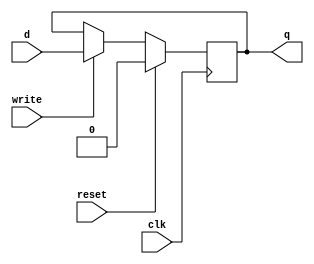
//D flip flop
module D_FF(input clk, input reset, input write, input d, output reg q);
  always @(posedge clk) 
  if(reset) q=0;
  else
   if(write) q=d;
   endmodule

//3x8 decoder for index bits
module decoder3to8(input [2:0]select, output reg[7:0]out);
	always @(select)
	begin
		case(select)
			3'b000: out = 8'b00000001;
			3'b001: out = 8'b00000010;
			3'b010: out = 8'b00000100;
			3'b011: out = 8'b00001000;
			3'b100: out = 8'b00010000;
			3'b101: out = 8'b00100000;
			3'b110: out = 8'b01000000;
			3'b111: out = 8'b10000000;
		endcase
	end
endmodule

//array of dirty bits
module dirtyArray(input clk, input reset, input we,input miss,input write,input location1,input location2, input dirtyBit, output dirtyOut0, output dirtyOut1);
    D_FF d0(clk,reset, we & (miss|write) & ((miss & ~location1) | (write & ~location2)),dirtyBit,dirtyOut0);
    D_FF d1(clk,reset, we & (miss|write) & ((miss & location1) | (write & location2)),dirtyBit,dirtyOut1);
endmodule 

//array of valid bits
module validArray(input clk, input reset, input we, input sel, input validBit, output validOut0, output validOut1);
    D_FF d2(clk,reset,we && ~sel,validBit,validOut0);
    D_FF d3(clk,reset,we && sel,validBit,validOut1);
endmodule

//array of FIFO bits
module fifoArray(input clk, input reset, input we, input fifoBit, output fifoOut);
    D_FF d1(clk,reset,we,fifoBit,fifoOut);
endmodule

module mruArray(input clk, input reset, input we, input mruBit, output mruOut);
    D_FF d1(clk,reset,we,mruBit,mruOut);
endmodule

//24 bit tag
module tagBlock(input clk, input reset, input write, input [23:0] tag ,output [23:0] tagData);
    D_FF d[23:0](clk,reset, write, tag, tagData);
 endmodule
 
 //array of tag blocks
 module tagArray(input clk, input reset, input we,input miss,input write,input location1,input location2, input [23:0] tagIn, output [23:0] tagOut0, output [23:0] tagOut1);
    tagBlock tb0(clk,reset, we & (miss|write) & ((miss & ~location1) | (write & ~location2)), tagIn, tagOut0);
    tagBlock tb1(clk,reset, we & (miss|write) & ((miss & location1) | (write & location2)), tagIn, tagOut1);
endmodule

//Each byte has 8 data bits
module dataByte(input clk, input reset, input writeEnable, input [7:0] in,output [7:0] out);    
    D_FF d[7:0](clk,reset, writeEnable, in, out);
endmodule

//32 byte data line
module dataBlock(input clk, input reset, input write, input[7:0] in0, input[7:0] in1, input[7:0] in2, input[7:0] in3,
input[7:0] in4, input[7:0] in5, input[7:0] in6, input[7:0] in7,  input[7:0] in8, input[7:0] in9, input[7:0] in10, input[7:0] in11,
input[7:0] in12, input[7:0] in13, input[7:0] in14, input[7:0] in15, input[7:0] in16, input[7:0] in17, input[7:0] in18, input[7:0] in19,
input[7:0] in20, input[7:0] in21, input[7:0] in22, input[7:0] in23,  input[7:0] in24, input[7:0] in25, input[7:0] in26, input[7:0] in27,
input[7:0] in28, input[7:0] in29, input[7:0] in30, input[7:0] in31,
output[7:0] out0, output[7:0] out1, output[7:0] out2, output[7:0] out3, 
output[7:0] out4, output[7:0] out5, output[7:0] out6, output[7:0] out7, output[7:0] out8, output[7:0] out9, output[7:0] out10, output[7:0] out11, 
output[7:0] out12, output[7:0] out13, output[7:0] out14, output[7:0] out15, output[7:0] out16, output[7:0] out17, output[7:0] out18, output[7:0] out19, 
output[7:0] out20, output[7:0] out21, output[7:0] out22, output[7:0] out23, output[7:0] out24, output[7:0] out25, output[7:0] out26, output[7:0] out27, 
output[7:0] out28, output[7:0] out29, output[7:0] out30, output[7:0] out31);
dataByte db0(clk,reset,write, in0, out0);
dataByte db1(clk,reset,write, in1, out1);
dataByte db2(clk,reset,write, in2, out2);
dataByte db3(clk,reset,write, in3, out3);
dataByte db4(clk,reset,write, in4, out4);
dataByte db5(clk,reset,write, in5, out5);
dataByte db6(clk,reset,write, in6, out6);
dataByte db7(clk,reset,write, in7, out7);
dataByte db8(clk,reset,write, in8, out8);
dataByte db9(clk,reset,write, in9, out9);
dataByte db10(clk,reset,write, in10, out10);
dataByte db11(clk,reset,write, in11, out11);
dataByte db12(clk,reset,write, in12, out12);
dataByte db13(clk,reset,write, in13, out13);
dataByte db14(clk,reset,write, in14, out14);
dataByte db15(clk,reset,write, in15, out15);
dataByte db16(clk,reset,write, in16, out16);
dataByte db17(clk,reset,write, in17, out17);
dataByte db18(clk,reset,write, in18, out18);
dataByte db19(clk,reset,write, in19, out19);
dataByte db20(clk,reset,write, in20, out20);
dataByte db21(clk,reset,write, in21, out21);
dataByte db22(clk,reset,write, in22, out22);
dataByte db23(clk,reset,write, in23, out23);
dataByte db24(clk,reset,write, in24, out24);
dataByte db25(clk,reset,write, in25, out25);
dataByte db26(clk,reset,write, in26, out26);
dataByte db27(clk,reset,write, in27, out27);
dataByte db28(clk,reset,write, in28, out28);
dataByte db29(clk,reset,write, in29, out29);
dataByte db30(clk,reset,write, in30, out30);
dataByte db31(clk,reset,write, in31, out31);
endmodule

//array of data blocks
module dataArray(input clk, input reset, input writeEnable,input miss,input write,input location1,input location2, input[255:0] in_dataBlock, 
                 output[255:0] out_dataBlock0, output[255:0] out_dataBlock1);

 dataBlock db0( clk,  reset,  writeEnable & (miss|write) & ((miss & ~location1) | (write & ~location2)),  
 in_dataBlock[7:0],  in_dataBlock[15:8] ,  in_dataBlock[23:16],  in_dataBlock[31:24],
 in_dataBlock[39:32],  in_dataBlock[47:40],  in_dataBlock[55:48],  in_dataBlock[63:56], in_dataBlock[71:64], in_dataBlock[79:72], 
 in_dataBlock[87:80], in_dataBlock[95:88], in_dataBlock[103:96], in_dataBlock[111:104], in_dataBlock[119:112], in_dataBlock[127:120],
 in_dataBlock[135:128],  in_dataBlock[143:136] ,  in_dataBlock[151:144],  in_dataBlock[159:152],
 in_dataBlock[167:160],  in_dataBlock[175:168],  in_dataBlock[183:176],  in_dataBlock[191:184], in_dataBlock[199:192], in_dataBlock[207:200], 
 in_dataBlock[215:208], in_dataBlock[223:216], in_dataBlock[231:224], in_dataBlock[239:232], in_dataBlock[247:240], in_dataBlock[255:248],
 out_dataBlock0[7:0],  out_dataBlock0[15:8] ,  out_dataBlock0[23:16],  out_dataBlock0[31:24], 
 out_dataBlock0[39:32], out_dataBlock0[47:40],  out_dataBlock0[55:48],  out_dataBlock0[63:56], out_dataBlock0[71:64], out_dataBlock0[79:72], 
 out_dataBlock0[87:80], out_dataBlock0[95:88], out_dataBlock0[103:96], out_dataBlock0[111:104], out_dataBlock0[119:112], out_dataBlock0[127:120],
 out_dataBlock0[135:128],  out_dataBlock0[143:136] ,  out_dataBlock0[151:144],  out_dataBlock0[159:152],
 out_dataBlock0[167:160],  out_dataBlock0[175:168],  out_dataBlock0[183:176],  out_dataBlock0[191:184], out_dataBlock0[199:192], out_dataBlock0[207:200], 
 out_dataBlock0[215:208], out_dataBlock0[223:216], out_dataBlock0[231:224], out_dataBlock0[239:232], out_dataBlock0[247:240], out_dataBlock0[255:248]); 
 
 dataBlock db1( clk,  reset,  writeEnable & (miss|write) & ((miss & location1) | (write & location2)) ,  
 in_dataBlock[7:0],  in_dataBlock[15:8] ,  in_dataBlock[23:16],  in_dataBlock[31:24],
 in_dataBlock[39:32],  in_dataBlock[47:40],  in_dataBlock[55:48],  in_dataBlock[63:56], in_dataBlock[71:64], in_dataBlock[79:72], 
 in_dataBlock[87:80], in_dataBlock[95:88], in_dataBlock[103:96], in_dataBlock[111:104], in_dataBlock[119:112], in_dataBlock[127:120],
 in_dataBlock[135:128],  in_dataBlock[143:136] ,  in_dataBlock[151:144],  in_dataBlock[159:152],
 in_dataBlock[167:160],  in_dataBlock[175:168],  in_dataBlock[183:176],  in_dataBlock[191:184], in_dataBlock[199:192], in_dataBlock[207:200], 
 in_dataBlock[215:208], in_dataBlock[223:216], in_dataBlock[231:224], in_dataBlock[239:232], in_dataBlock[247:240], in_dataBlock[255:248],
 out_dataBlock1[7:0],  out_dataBlock1[15:8] ,  out_dataBlock1[23:16],  out_dataBlock1[31:24], 
 out_dataBlock1[39:32], out_dataBlock1[47:40],  out_dataBlock1[55:48],  out_dataBlock1[63:56], out_dataBlock1[71:64], out_dataBlock1[79:72], 
 out_dataBlock1[87:80], out_dataBlock1[95:88], out_dataBlock1[103:96], out_dataBlock1[111:104], out_dataBlock1[119:112], out_dataBlock1[127:120],
 out_dataBlock1[135:128], out_dataBlock1[143:136], out_dataBlock1[151:144], out_dataBlock1[159:152],
 out_dataBlock1[167:160], out_dataBlock1[175:168], out_dataBlock1[183:176], out_dataBlock1[191:184], out_dataBlock1[199:192], out_dataBlock1[207:200], 
 out_dataBlock1[215:208], out_dataBlock1[223:216], out_dataBlock1[231:224], out_dataBlock1[239:232], out_dataBlock1[247:240], out_dataBlock1[255:248]);
endmodule

module cache(input clk,input reset,input cacheWrite,input [31:0]address,input [255:0] in_dataBlock,output [7:0]cacheOutput);
	
	wire [255:0]out_dataBlock0_0,out_dataBlock0_1,out_dataBlock0_2,out_dataBlock0_3,out_dataBlock0_4,out_dataBlock0_5,out_dataBlock0_6,out_dataBlock0_7,out_dataBlock1_0,out_dataBlock1_1,out_dataBlock1_2,out_dataBlock1_3,out_dataBlock1_4,out_dataBlock1_5,out_dataBlock1_6,out_dataBlock1_7,data_block_mux0,data_block_mux1,muxOutData;
	wire [23:0] tagOut0_0,tagOut0_1,tagOut0_2,tagOut0_3,tagOut0_4,tagOut0_5,tagOut0_6,tagOut0_7,tagOut1_0,tagOut1_1,tagOut1_2,tagOut1_3,tagOut1_4,tagOut1_5,tagOut1_6,tagOut1_7,tag_block_mux0,tag_block_mux1;
	wire comp_tag0out,comp_tag1out,fifoBitOut,mruBitOut,dirtyBit,hitOrMiss,valid,validBitOut;
	wire [7:0]fifoSelect,fifo,MRU,validOut0,validOut1,dirtyOut0,dirtyOut1;
	
	//cacheControl cacheCtrl(valid,cacheWrite1, fifo[address[7:5]], MRU[address[7:5]],comp_tag0out,comp_tag1out, hitOrMiss,cacheWrite, fifoBitOut, mruBitOut, validBitOut);
	decoder3to8 dec(address[7:5],fifoSelect);
	
	fifoArray f1(clk, reset,fifoSelect[0] && ~hitOrMiss, fifoBitOut,fifo[0]);
	fifoArray f2(clk, reset,fifoSelect[1] && ~hitOrMiss, fifoBitOut,fifo[1]);
	fifoArray f3(clk, reset,fifoSelect[2] && ~hitOrMiss, fifoBitOut,fifo[2]);
	fifoArray f4(clk, reset,fifoSelect[3] && ~hitOrMiss, fifoBitOut,fifo[3]);
	fifoArray f5(clk, reset,fifoSelect[4] && ~hitOrMiss, fifoBitOut,fifo[4]);
	fifoArray f6(clk, reset,fifoSelect[5] && ~hitOrMiss, fifoBitOut,fifo[5]);
	fifoArray f7(clk, reset,fifoSelect[6] && ~hitOrMiss, fifoBitOut,fifo[6]);
	fifoArray f8(clk, reset,fifoSelect[7] && ~hitOrMiss, fifoBitOut,fifo[7]);
	
	mruArray m1(clk, reset,fifoSelect[0], mruBitOut,MRU[0]);
	mruArray m2(clk, reset,fifoSelect[1], mruBitOut,MRU[1]);
	mruArray m3(clk, reset,fifoSelect[2], mruBitOut,MRU[2]);
	mruArray m4(clk, reset,fifoSelect[3], mruBitOut,MRU[3]);
	mruArray m5(clk, reset,fifoSelect[4], mruBitOut,MRU[4]);
	mruArray m6(clk, reset,fifoSelect[5], mruBitOut,MRU[5]);
	mruArray m7(clk, reset,fifoSelect[6], mruBitOut,MRU[6]);
	mruArray m8(clk, reset,fifoSelect[7], mruBitOut,MRU[7]);
	
	dirtyArray dArr1(clk,  reset, fifoSelect[0], ~hitOrMiss,(hitOrMiss && cacheWrite),  fifo[0],mruBitOut, dirtyBit,  dirtyOut0[0],  dirtyOut1[0]);
	dirtyArray dArr2(clk,  reset, fifoSelect[1], ~hitOrMiss,(hitOrMiss && cacheWrite), fifo[1], mruBitOut, dirtyBit,  dirtyOut0[1],  dirtyOut1[1]);
	dirtyArray dArr3( clk,  reset,fifoSelect[2], ~hitOrMiss,(hitOrMiss && cacheWrite),  fifo[2], mruBitOut, dirtyBit,  dirtyOut0[2],  dirtyOut1[2]);
	dirtyArray dArr4( clk,  reset,fifoSelect[3], ~hitOrMiss,(hitOrMiss && cacheWrite), fifo[3], mruBitOut, dirtyBit,  dirtyOut0[3],  dirtyOut1[3]);
	dirtyArray dArr5( clk,  reset,fifoSelect[4], ~hitOrMiss,(hitOrMiss && cacheWrite), fifo[4],mruBitOut,  dirtyBit,  dirtyOut0[4],  dirtyOut1[4]);
	dirtyArray dArr6( clk,  reset,fifoSelect[5], ~hitOrMiss,(hitOrMiss && cacheWrite), fifo[5],mruBitOut,  dirtyBit,  dirtyOut0[5],  dirtyOut1[5]);
	dirtyArray dArr7( clk,  reset,fifoSelect[6], ~hitOrMiss,(hitOrMiss && cacheWrite), fifo[6], mruBitOut, dirtyBit,  dirtyOut0[6],  dirtyOut1[6]);
	dirtyArray dArr8( clk,  reset,fifoSelect[7], ~hitOrMiss,(hitOrMiss && cacheWrite), fifo[7], mruBitOut, dirtyBit,  dirtyOut0[7],  dirtyOut1[7]);
	
	validArray v1(clk,  reset, ~hitOrMiss && fifoSelect[0], fifo[0], validBitOut,validOut0[0],  validOut1[0]);
	validArray v2(clk,  reset, ~hitOrMiss && fifoSelect[1], fifo[1], validBitOut,validOut0[1],  validOut1[1]);
	validArray v3(clk,  reset, ~hitOrMiss && fifoSelect[2], fifo[2], validBitOut,validOut0[2],  validOut1[2]);
	validArray v4(clk,  reset, ~hitOrMiss && fifoSelect[3], fifo[3], validBitOut,validOut0[3],  validOut1[3]);
	validArray v5(clk,  reset, ~hitOrMiss && fifoSelect[4], fifo[4], validBitOut,validOut0[4],  validOut1[4]);
	validArray v6(clk,  reset, ~hitOrMiss && fifoSelect[5], fifo[5], validBitOut,validOut0[5],  validOut1[5]);
	validArray v7(clk,  reset, ~hitOrMiss && fifoSelect[6], fifo[6], validBitOut,validOut0[6],  validOut1[6]);
	validArray v8(clk,  reset, ~hitOrMiss && fifoSelect[7], fifo[7], validBitOut,validOut0[7],  validOut1[7]);
	
	tagArray ta1(clk,  reset,  fifoSelect[0], ~hitOrMiss,(hitOrMiss && cacheWrite), fifo[0],mruBitOut,  address[31:8],  tagOut0_0,  tagOut1_0);
	tagArray ta2(clk,  reset,  fifoSelect[1], ~hitOrMiss,(hitOrMiss && cacheWrite), fifo[1],mruBitOut,  address[31:8],  tagOut0_1,   tagOut1_1);
	tagArray ta3(clk,  reset,  fifoSelect[2], ~hitOrMiss,(hitOrMiss && cacheWrite), fifo[2],mruBitOut,  address[31:8],  tagOut0_2,   tagOut1_2);
	tagArray ta4(clk,  reset,  fifoSelect[3], ~hitOrMiss,(hitOrMiss && cacheWrite), fifo[3],mruBitOut,  address[31:8],  tagOut0_3,   tagOut1_3);
	tagArray ta5(clk,  reset,  fifoSelect[4], ~hitOrMiss,(hitOrMiss && cacheWrite), fifo[4],mruBitOut,  address[31:8],  tagOut0_4,   tagOut1_4);
	tagArray ta6(clk,  reset,  fifoSelect[5], ~hitOrMiss,(hitOrMiss && cacheWrite), fifo[5],mruBitOut,  address[31:8],  tagOut0_5,   tagOut1_5);
	tagArray ta7(clk,  reset,  fifoSelect[6], ~hitOrMiss,(hitOrMiss && cacheWrite), fifo[6],mruBitOut,  address[31:8],  tagOut0_6,   tagOut1_6);
	tagArray ta8(clk,  reset,  fifoSelect[7], ~hitOrMiss,(hitOrMiss && cacheWrite), fifo[7],mruBitOut,  address[31:8],  tagOut0_7,   tagOut1_7);
	
	dataArray da1( clk,  reset,  fifoSelect[0], ~hitOrMiss,(hitOrMiss && cacheWrite), fifo[0],mruBitOut,  in_dataBlock, 
                  out_dataBlock0_0,  out_dataBlock1_0);
	dataArray da2( clk,  reset,  fifoSelect[1], ~hitOrMiss,(hitOrMiss && cacheWrite), fifo[1],mruBitOut,  in_dataBlock, 
                  out_dataBlock0_1,  out_dataBlock1_1);
	dataArray da3( clk,  reset,  fifoSelect[2], ~hitOrMiss,(hitOrMiss && cacheWrite), fifo[2],mruBitOut,  in_dataBlock, 
                  out_dataBlock0_2,  out_dataBlock1_2);
	dataArray da4( clk,  reset,  fifoSelect[3], ~hitOrMiss,(hitOrMiss && cacheWrite), fifo[3],mruBitOut,  in_dataBlock, 
                  out_dataBlock0_3,  out_dataBlock1_3);
	dataArray da5( clk,  reset,  fifoSelect[4], ~hitOrMiss,(hitOrMiss && cacheWrite), fifo[4],mruBitOut,  in_dataBlock, 
                  out_dataBlock0_4,  out_dataBlock1_4);
	dataArray da6( clk,  reset,  fifoSelect[5], ~hitOrMiss,(hitOrMiss && cacheWrite), fifo[5],mruBitOut,  in_dataBlock, 
                  out_dataBlock0_5,  out_dataBlock1_5);
	dataArray da7( clk,  reset,  fifoSelect[6], ~hitOrMiss,(hitOrMiss && cacheWrite), fifo[6],mruBitOut,  in_dataBlock, 
                  out_dataBlock0_6,  out_dataBlock1_6);
	dataArray da8( clk,  reset,  fifoSelect[7], ~hitOrMiss,(hitOrMiss && cacheWrite), fifo[7],mruBitOut,  in_dataBlock, 
                  out_dataBlock0_7,  out_dataBlock1_7);
				  
	fifoReplacement fr(hitOrMiss,fifo[address[7:5]],fifoBitOut);
	
  //Logic to select data array
	mux_8_to_1_256bit mux0(out_dataBlock0_0,out_dataBlock0_1,out_dataBlock0_2,out_dataBlock0_3,out_dataBlock0_4,out_dataBlock0_5,out_dataBlock0_6,out_dataBlock0_7,address[7:5],data_block_mux0); 
	mux_8_to_1_256bit mux1(out_dataBlock1_0,out_dataBlock1_1,out_dataBlock1_2,out_dataBlock1_3,out_dataBlock1_4,out_dataBlock1_5,out_dataBlock1_6,out_dataBlock1_7,address[7:5],data_block_mux1); 
  //Logic to select tag array
	mux_8_to_1_24bit mux0_24bit(tagOut0_0,tagOut0_1,tagOut0_2,tagOut0_3,tagOut0_4,tagOut0_5,tagOut0_6,tagOut0_7,address[7:5],tag_block_mux0); 
	mux_8_to_1_24bit mux1_24bit(tagOut1_0,tagOut1_1,tagOut1_2,tagOut1_3,tagOut1_4,tagOut1_5,tagOut1_6,tagOut1_7,address[7:5],tag_block_mux1); 
	//Tag comparison
	comparator_24bit cmp1(MRU[address[7:5]],address[31:8],tag_block_mux0,tag_block_mux1,validOut0[address[7:5]],validOut1[address[7:5]],mruBitOut,hitOrMiss,validBitOut);
  mux_2_to_1 m2to1(data_block_mux0,data_block_mux1,in_dataBlock,cacheWrite,dirtyOut0[address[7:5]],dirtyOut1[address[7:5]],mruBitOut,fifoBitOut,hitOrMiss,muxOutData);
	mux_32_to_1 m32to1(muxOutData,address[4:0],cacheOutput);
	dirtyReplacement dR(hitOrMiss,cacheWrite,mruBitOut,dirtyOut0[address[7:5]],dirtyOut1[address[7:5]],dirtyBit);
	//comparator_24bit cmp2(MRU[address[7:5]],address[31:8],tag_block_mux1,comp_tag1out);
	//To select the valid bit from two blocks
	//mux_2_to_1_1bit m2to1_1bit(validOut0[address[7:5]],validOut1[address[7:5]],fifo[address[7:5]],valid);
	//mux_2_to_1 m2to1(input [31:0] line1,input[31:0] line2,input select,output reg [31:0] muxOut); 
  //if comp_tag0out==0 and comp_tag1out==0 then CACHE miss => do replacement
	//hit h(comp_tag0out,comp_tag1out,valid,hitOrMiss);
	//Encoder not needed in way prediction
	//encoder e(comp_tag0out,comp_tag1out,comp_tag1out || comp_tag0out,encoderOut);
	 
endmodule


module cacheTestBench;
	reg clk;
	reg reset,cacheWrite;
	reg [255:0] datblock;
	wire [7:0] cacheout;
	reg [31:0]add;
	//cache uut(.clk,input cacheRead,input cacheWrite,input [31:0]address,input [255:0] in_dataBlock,output [7:0]cacheOutput);
	cache uut (.clk(clk), .reset(reset), .cacheWrite(cacheWrite), .address(add),.in_dataBlock(datblock),.cacheOutput(cacheout));

	always
	begin
	#5 clk=~clk;
	end
	initial
	begin
		clk=0; reset=1; cacheWrite=1'b0;
		#10  reset=0;	
		#50 add=32'b000_0000_0000_0000_0000_0000_0000_00000; datblock={4'b0000,{248{1'b0}},4'b0001};
		#20 add=32'b000_0001_0000_0000_0000_0000_0001_00000; datblock={4'b0000,{248{1'b0}},4'b0010};
		#20 add=32'b000_1000_0000_0000_0000_0000_0001_00000; datblock={4'b0000,{248{1'b0}},4'b0011}; 
		#20 add=32'b010_0100_0000_0000_0000_0000_0010_00000; datblock={4'b0000,{248{1'b0}},4'b0100};//cacheWrite=1'b1; 
		#20 add=32'b011_0000_0000_0011_0000_0000_0000_00000; datblock={4'b0000,{248{1'b0}},4'b0101};//cacheWrite=1'b0;
		#20 add=32'b000_0000_0000_1110_0000_0000_0001_00000; datblock={4'b0000,{248{1'b0}},4'b0110};
		#20 add=32'b000_0000_1111_0000_0000_0000_0010_00000; datblock={4'b0000,{248{1'b0}},4'b0111}; 	
		#20 add=32'b000_0000_0000_0000_0000_0000_0000_00000; datblock={4'b0000,{248{1'b0}},4'b1000}; cacheWrite=1'b1;
		#20 add=32'b011_0000_0011_0000_0000_0000_0010_00000; datblock={4'b0000,{248{1'b0}},4'b1001}; cacheWrite=1'b0;
		#20 add=32'b000_0000_0000_0000_0000_0001_0001_00000; datblock={4'b0000,{248{1'b0}},4'b1010};
		#20 add=32'b000_0000_0111_0000_0000_0000_0000_00000; datblock={4'b0000,{248{1'b0}},4'b1011}; cacheWrite=1'b1;//cache miss
		#20	datblock={4'b0000,{248{1'b0}},4'b1111};
		#20 add=32'b010_0000_0000_0000_0000_0000_0000_00000; datblock={4'b0000,{248{1'b0}},4'b1100}; cacheWrite=1'b0;
		#20 add=32'b011_0000_0000_0000_0000_0000_0000_00000; datblock={4'b0000,{248{1'b0}},4'b1101}; cacheWrite=1'b0;
		#250 $finish; 
	end
endmodule

module fifoReplacement(input hitOrMiss,input fifo,output reg fifoBitOut);
always@(hitOrMiss or fifo)
	begin
		if(hitOrMiss==0)
			fifoBitOut=~fifo;
		else
			fifoBitOut=fifo;
	end
endmodule

module dirtyReplacement(input hitOrMiss,input cacheWrite,input mru,input dirty1,input dirty2,output reg dirtyBitOut);
always@(hitOrMiss or cacheWrite or mru or dirty1 or dirty2)
	begin
		if(cacheWrite)
			dirtyBitOut=1'b1;
		else if(~hitOrMiss)
			dirtyBitOut=1'b0;
		else
		begin
		case(mru)
		1'b0:	dirtyBitOut=dirty1;
		1'b1:	dirtyBitOut=dirty2;
		endcase
		end
	end
endmodule


module mux_32_to_1(input [255:0] line1,input [4:0] select,output reg [7:0] muxOut); 
   always @ (line1,select) begin
     case(select)
       5'b00000 : muxOut = line1[7:0];
       5'b00001 : muxOut = line1[15:8];
       5'b00010 : muxOut = line1[23:16];
       5'b00011 : muxOut = line1[31:24];
       5'b00100 : muxOut = line1[39:32];
       5'b00101 : muxOut = line1[47:40];
       5'b00110 : muxOut = line1[55:48];
       5'b00111 : muxOut = line1[63:56];
       5'b01000 : muxOut = line1[71:64];
       5'b01001 : muxOut = line1[79:72];
       5'b01010 : muxOut = line1[87:80];
       5'b01011 : muxOut = line1[95:88];
       5'b01100 : muxOut = line1[103:96];
       5'b01101 : muxOut = line1[111:104];
       5'b01110 : muxOut = line1[119:112];
       5'b01111 : muxOut = line1[127:120];
       5'b10000 : muxOut = line1[135:128];
       5'b10001 : muxOut = line1[143:136];
       5'b10010 : muxOut = line1[151:144];
       5'b10011 : muxOut = line1[159:152];
       5'b10100 : muxOut = line1[167:160];
       5'b10101 : muxOut = line1[175:168];
       5'b10110 : muxOut = line1[183:176];
       5'b10111 : muxOut = line1[191:184];
       5'b11000 : muxOut = line1[199:192];
       5'b11001 : muxOut = line1[207:200];
       5'b11010 : muxOut = line1[215:208];
       5'b11011 : muxOut = line1[223:216];
       5'b11100 : muxOut = line1[231:224];
       5'b11101 : muxOut = line1[239:232];
       5'b11110 : muxOut = line1[247:240];
       5'b11111 : muxOut = line1[255:248]; 
     endcase
   end
 endmodule

 module mux_2_to_1(input [255:0] line1,input[255:0] line2,input[255:0] data, input cacheWrite, input dirty1,input dirty2,input select,input fifo, 
 input hitOrMiss,output reg [255:0] muxOut); 
   always @ (line1,line2,select,hitOrMiss,dirty1,dirty2,fifo, data, cacheWrite) begin
   if(hitOrMiss)
	begin
	  if(cacheWrite)
	    muxOut = data;
	   else
	     begin
     case(select)
       1'b0 : muxOut = line1;
       1'b1 : muxOut = line2;
     endcase
   end
	 end
	 else
	 begin 
		if((dirty1==1 && fifo == 1)||(dirty2==1 && fifo == 0))
		begin
			case(~fifo)
					1'b0 : muxOut = line1;
					1'b1 : muxOut = line2;
				endcase
		end
		else
		muxOut=256'b0;
	 end
 end
 endmodule

module comparator_24bit(input mru,input [23:0]address,input[23:0] tag1,input [23:0] tag2,input valid1,input valid2,output reg mruBitOut,output reg hitOrMiss,output reg valid);

	always @(tag1 or tag2 or address or mru or valid1 or valid2)
	begin
	  if(mru==0)
	    begin
		if (tag1==address && valid1==1)
		begin
			 hitOrMiss=1'b1;
			 mruBitOut=1'b0;
			 end
		else if(tag2==address && valid2==1) begin
			 hitOrMiss=1'b1;
			 mruBitOut=1'b1;

			 end
		else begin
			hitOrMiss=1'b0;
		mruBitOut=mru; 
		valid=1'b1;
		end
		end
	  else
	    begin
		if (tag2==address && valid2==1)
		begin
			 hitOrMiss=1'b1;
			 mruBitOut=1'b1;
			end
		else if(tag1==address && valid2==1) begin
			 hitOrMiss=1'b1;
			 mruBitOut=1'b0;
			 end
		else begin
			hitOrMiss=1'b0;
		mruBitOut=mru;
		valid=1'b1;
		end
		end
	end	

endmodule

module mux_8_to_1_256bit(input [255:0] line1,input[255:0] line2,input[255:0] line3,input[255:0] line4,input[255:0] line5,input[255:0] line6,input[255:0] line7,input[255:0] line8,input [2:0] select,output reg [255:0] muxOut); 
   always @ (line1,line2,line3,line4,line5,line6,line7,line8,select) begin
      begin
     case(select)
       3'b000 : muxOut = line1;
       3'b001 : muxOut = line2;
       3'b010 : muxOut = line3;
       3'b011 : muxOut = line4;
	   3'b100 : muxOut = line5;
	   3'b101 : muxOut = line6;
	   3'b110 : muxOut = line7;
	   3'b111 : muxOut = line8;
     endcase
   end
   end
 endmodule
 
 module mux_8_to_1_24bit(input [23:0] line1,input[23:0] line2,input[23:0] line3,input[23:0] line4,input[23:0] line5,input[23:0] line6,input[23:0] line7,input[23:0] line8,input [2:0] select,output reg [23:0] muxOut); 
   always @ (line1,line2,line3,line4,line5,line6,line7,line8,select) begin
       begin
     case(select)
       3'b000 : muxOut = line1;
       3'b001 : muxOut = line2;
       3'b010 : muxOut = line3;
       3'b011 : muxOut = line4;
	   3'b100 : muxOut = line5;
	   3'b101 : muxOut = line6;
	   3'b110 : muxOut = line7;
	   3'b111 : muxOut = line8;
     endcase
   end
   end
 endmodule